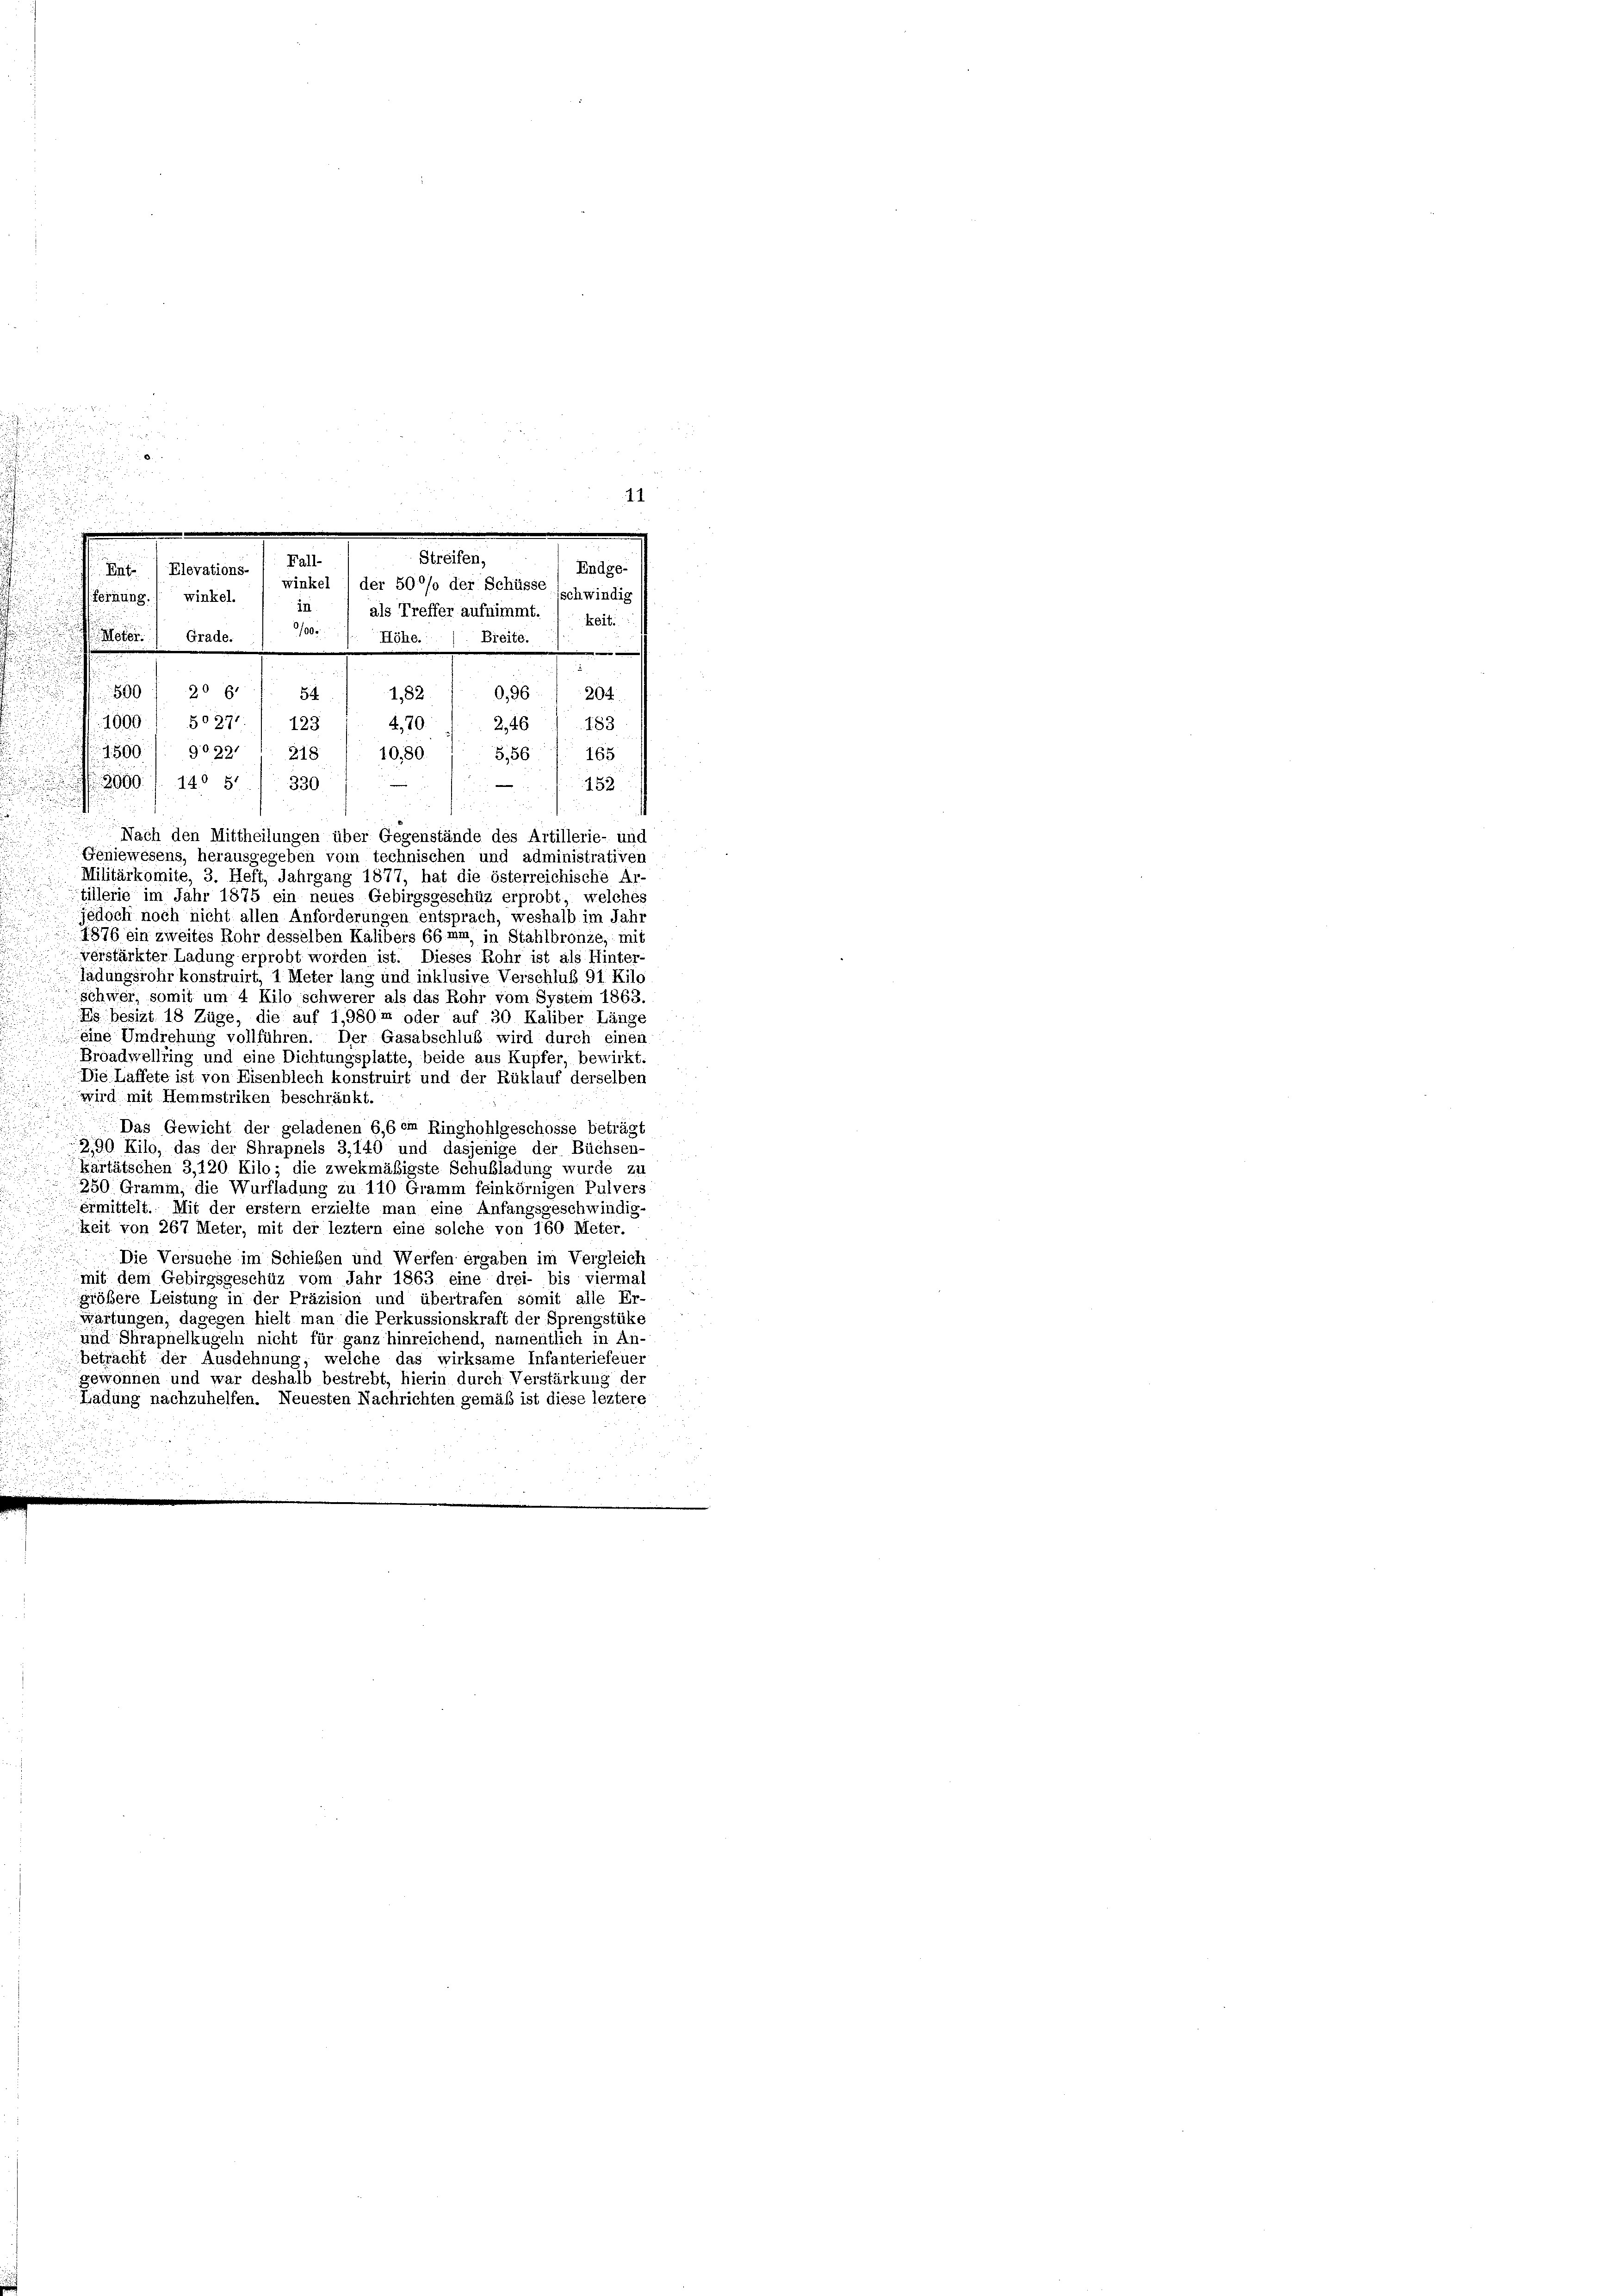
/00
. Peter
Breite.
Grade.
Höhe.
e
2
u
u
500 f 20 x
0,96
204.
54. 11,82
1900 f 50271/ 123
479. 246. 183
59 9022. 218 / 1080.
§ 561 165
2960. 1. 140 S. 330
—
152
Nach den Mittheilungen über Gegenstände des Artillerie- und
Geniewesens, herausgegeben vom technischen und administrativen
Militärkomite, 3. Heft, Jahrgang 1877, hat die österreichische Ar-
tillerie im Jahr 1875 ein neues Gebirgsgeschüz erprobt, welches
jedoch noch nicht allen Anforderungen entsprach, weshalb im Jahr
1876 ein zweites Rohr desselben Kalibers CG. im in Stahlbronze, mit
verstärkter Ladung erprobt worden ist. Dieses Rohr ist als Hinter-
Tädungsrohr konstruirt, 1 Meter lang und inklusive Verschluß 91 Kilo
schwer, somit um 4 Kilo schwerer als das Rohr vom System 1863.
Es besizt 18 Züge, die auf 1,980m oder auf 30 Kaliber Länge
eine Umdrehung vollführen. Der Gasabschluß wird durch einen
Broadwellfing und eine Dichtungsplatte, beide aus Kupfer, bewirkt
Die Laffete ist von Eisenblech konstruirt und der Rüklauf derselben
wird mit Hemmstriken beschränkt.
Das Gewicht der geladenen 6,6 em Ringhohlgeschosse beträgt
290 Kilo, das der Shrapnels 3,140 und dasjenige der Büchsen-
kartätschen 3,120 Kilo; die zwekmäßigste Schubladung wurde zu
250. Gramm, die Wurfladung zu 110 Gramm feinkörnigen Pulvers
ermittelt. Mit der erstem erzielte man eine Anfangsgeschwindig-
keit von 267 Meter, mit der leztem eine solche von 160 Meter.
Die Versuche im Schießen und Werfen ergaben im Vergleich
mit dem Gebirgsgeschüz vom Jahr 1863 eine drei- bis viermal
größere Leistung in der Präzision und übertrafen somit alle Er-
wartungen, dagegen hielt man die Perkussionskraft der Sprengstüke
ung Shrapnelkugeln nicht für ganz hinreichend, namentlich in An-
betracht der Ausdehnung, welche das wirksame Infanteriefeuer
gewonnen und war deshalb bestrebt, hierin durch Verstärkung der
Ladung nachzuhelfen. Neuesten Nachrichten gemäß ist diese leztere

Streifen,
Fall-
Endge-
Enf Elevations-
winkel 1 der 500% der Schüsse schwindig
fernung. ( winkel.
in) als Treffer aufnimmt. / zeit.

11